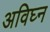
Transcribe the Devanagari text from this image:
अविघ्न